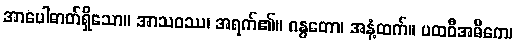
အာပေါဓာတ်ရှိသော။ အာသဝဿ၊ အရက်၏။ ဂန္ဓတော၊ အနံ့ထက်။ ပထဝီအဓိကေ၊